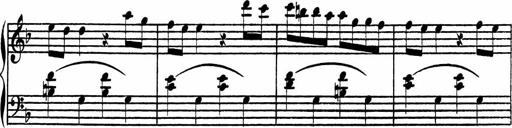
Title: 4 Piano Sonatinas
Composer: Adam Geibel